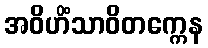
အဝိဟိံသာဝိတက္ကေန